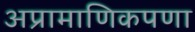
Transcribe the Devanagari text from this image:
अप्रामाणिकपणा